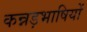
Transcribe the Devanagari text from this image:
कन्नड़भाषियों